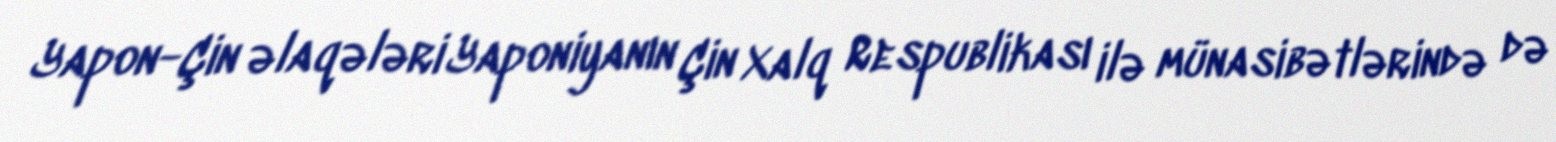
Yapon-Çin əlaqələri Yaponiyanın Çin Xalq Respublikası ilə münasibətlərində də